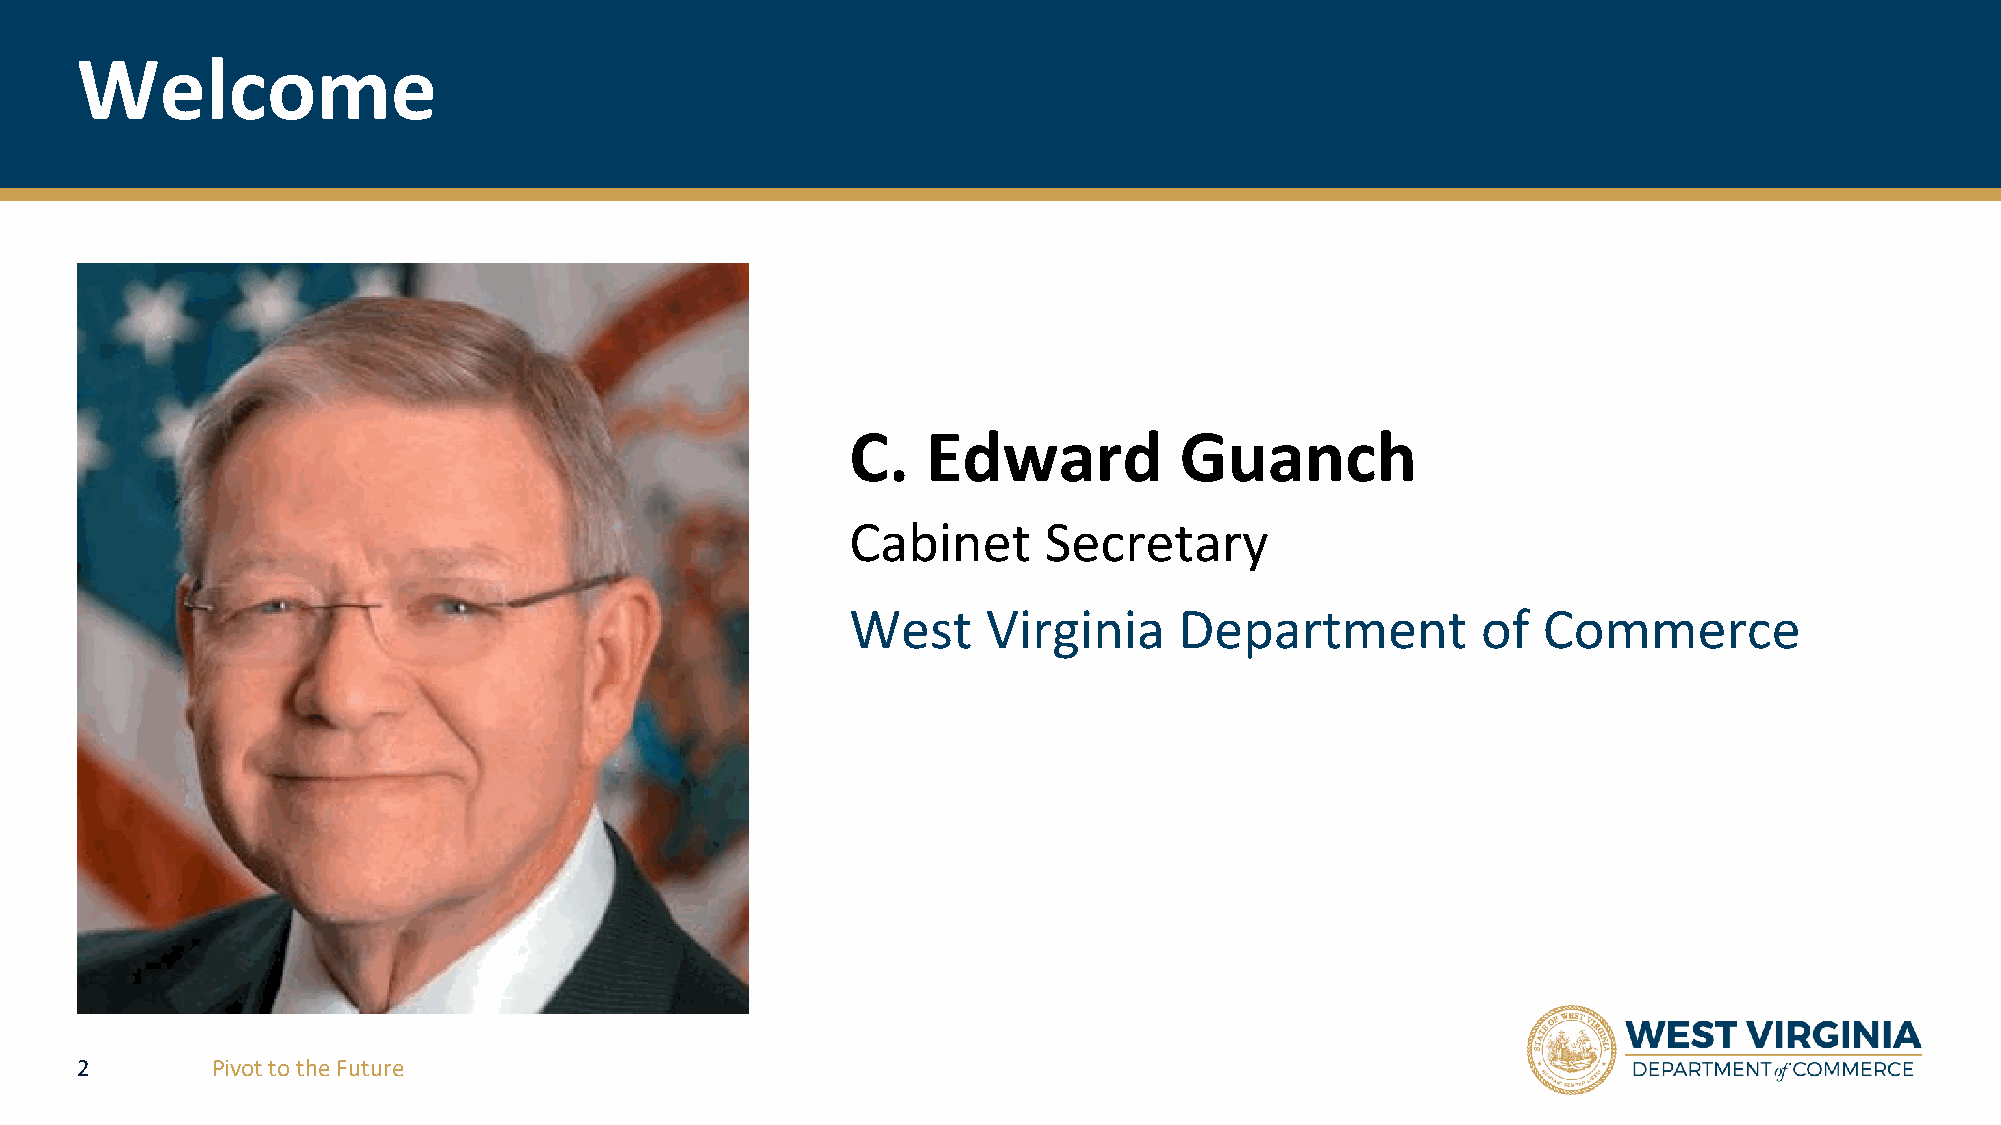
Welcome
 C.   Edward           Guanch
 Cabinet      Secretary
 West     Virginia     Department          of  Commerce
 2        Pivot to the Future